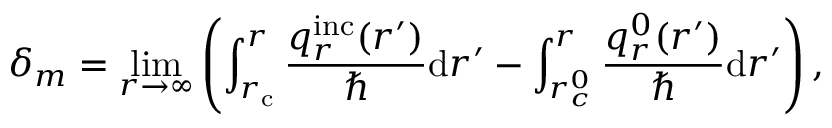
\delta _ { m } = \operatorname* { l i m } _ { r \to \infty } \left( \int _ { r _ { \mathrm { c } } } ^ { r } \frac { q _ { r } ^ { \mathrm { i n c } } ( r ^ { \prime } ) } { \hbar } \mathrm { d } r ^ { \prime } - \int _ { r _ { c } ^ { 0 } } ^ { r } \frac { q _ { r } ^ { 0 } ( r ^ { \prime } ) } { \hbar } \mathrm { d } r ^ { \prime } \right) ,